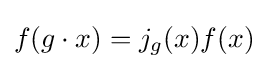
f(g\cdot x)=j_{g}(x)f(x)